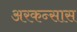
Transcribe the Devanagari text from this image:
अरकन्‍सास